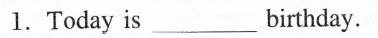
1. Today is ___ birthday.